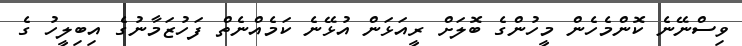
ވިސްނޭނެ ކޮންމެހެން މީހުންގެ ބޮލަށް ރީއަޅަން އުޅޭނެ ކަމެއްނެތް ފަހުޒަމާނުގެ އިބިލީހު ގެ